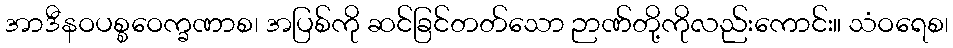
အာဒီနဝပစ္စဝေက္ခဏာစ၊ အပြစ်ကို ဆင်ခြင်တတ်သော ဉာဏ်တို့ကိုလည်းကောင်း။ သံဝရေစ၊